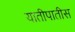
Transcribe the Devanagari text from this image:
यातीपातीस